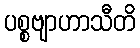
ပစ္စဗျာဟာသီတိ